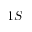
1 S